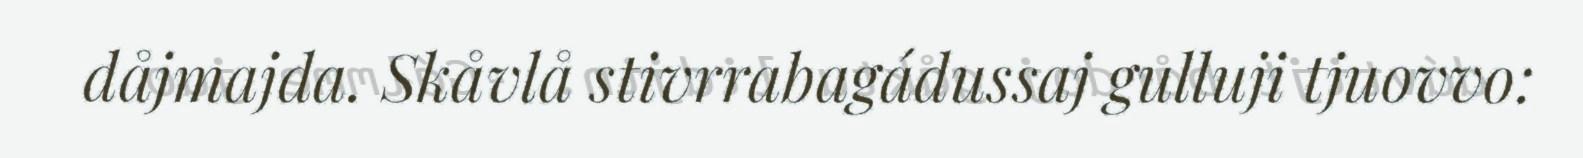
dåjmajda. Skåvlå stivrrabagádussaj gulluji tjuovvo: